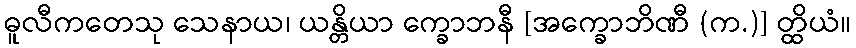
ဓူလီကတေသု သေနာယ၊ ယန္တိယာ က္ခောဘနီ [အက္ခောဘိဏီ (က.)] တ္ထိယံ။